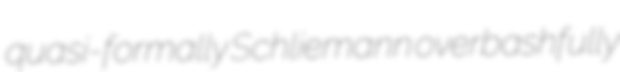
quasi-formally Schliemann overbashfully